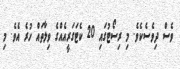
ވެސް ދިވެސެކެވެ. މި ރިސޯޓުގައި 20 ކެޓަގަރީއެއްގެ ވިލާތައް ހުރެ އެވެ. މި